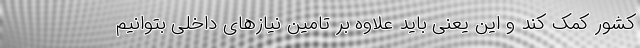
کشور کمک کند و این یعنی باید علاوه بر تامین نیازهای داخلی بتوانیم